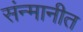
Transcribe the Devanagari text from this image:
संन्मानीत